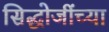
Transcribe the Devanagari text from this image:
सिद्धोजींच्या